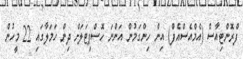
ފްރޮންޓިއާސް (އެމްއެސްއެފް) އިން ހިންގަމުން އަންނަ ހޮސްޕިޓަލަށް ދިން ހަަމަލާގައި 22 މީހުން